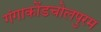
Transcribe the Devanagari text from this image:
गंगाकोंडचोलपुरम